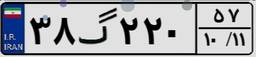
۳۸گ۲۲۰۵۷